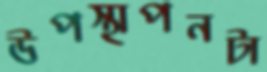
উপস্থাপনটা